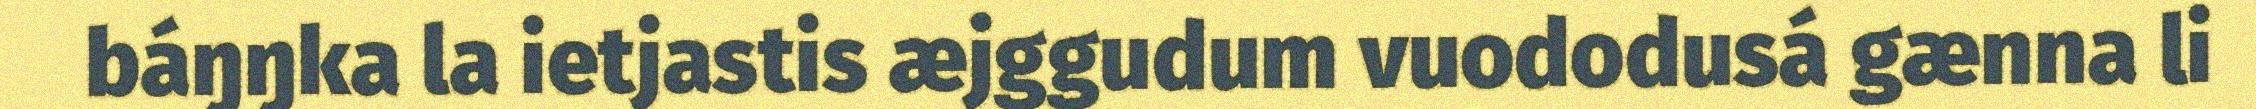
báŋŋka la ietjastis æjggudum vuododusá gænna li